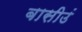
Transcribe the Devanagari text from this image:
बासीउं